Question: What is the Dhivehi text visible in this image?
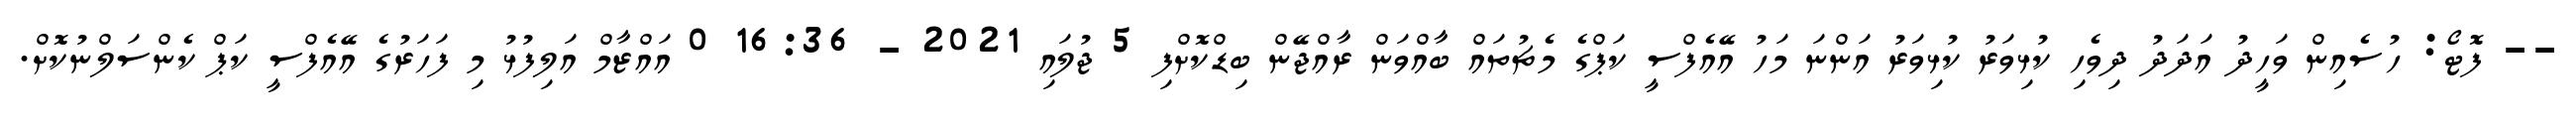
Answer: -- ފޮޓޯ: ހުސެއިން ވަހީދު އަދަދު ދިވެހި ކުޅިވަރު ކުޅިވަރު އަންނަ މަހު އޭއެފްސީ ކަޕްގެ މެޗުތައް ބާއްވަން ރާއްޖޭން ބިޑްކޮށްފި 5 ޖުލައި 2021 - 16:36 0 އައްޒާމް އަލިފުޅު މި ފަހަރުގެ އޭއެފްސީ ކަޕް ކެންސަލްނުކޮށް.